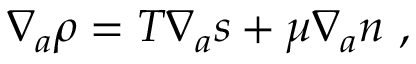
\nabla _ { a } \rho = T \nabla _ { a } s + \mu \nabla _ { a } n ~ ,